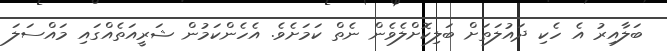
ބަލާއިރު އެ ހެކި ދައުލަތަށް ބަލިކޮށްލެވެން ނެތް ކަމަށެވެ. އެހެންކަމުން ޝަރީއަތެއްގައި މައްސަލަ